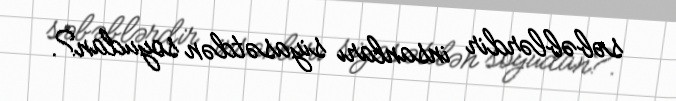
səbəblərdir insanları siyasətdən soyudan?.